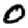
Digit: 0